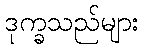
ဒုက္ခသည်များ